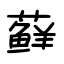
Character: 藓